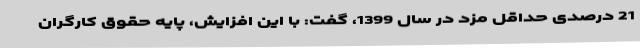
21 درصدی حداقل مزد در سال 1399، گفت: با این افزایش، پایه حقوق کارگران